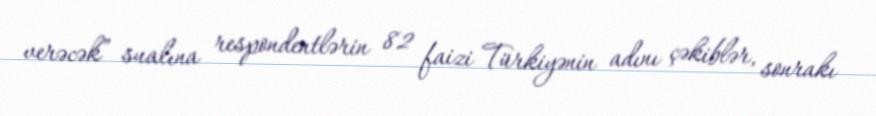
verəcək” sualına respondentlərin 82 faizi Türkiyənin adını çəkiblər, sonrakı